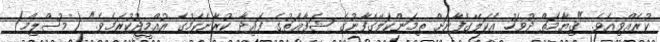
ކުރެއްވިއެވެ. "ޤިޔާމަތް ދުވަހު އެކަލޭގެފާނަށް ތިމަންކަލޭގެފާނުގެ ޝަފާޢަތުގެ ފައިދާ ކުރާނެކަމުގެ އުއްމީދުކުރަމެވެ." (މުސްލިމް)